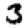
Digit: 3